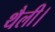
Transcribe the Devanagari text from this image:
थैली।